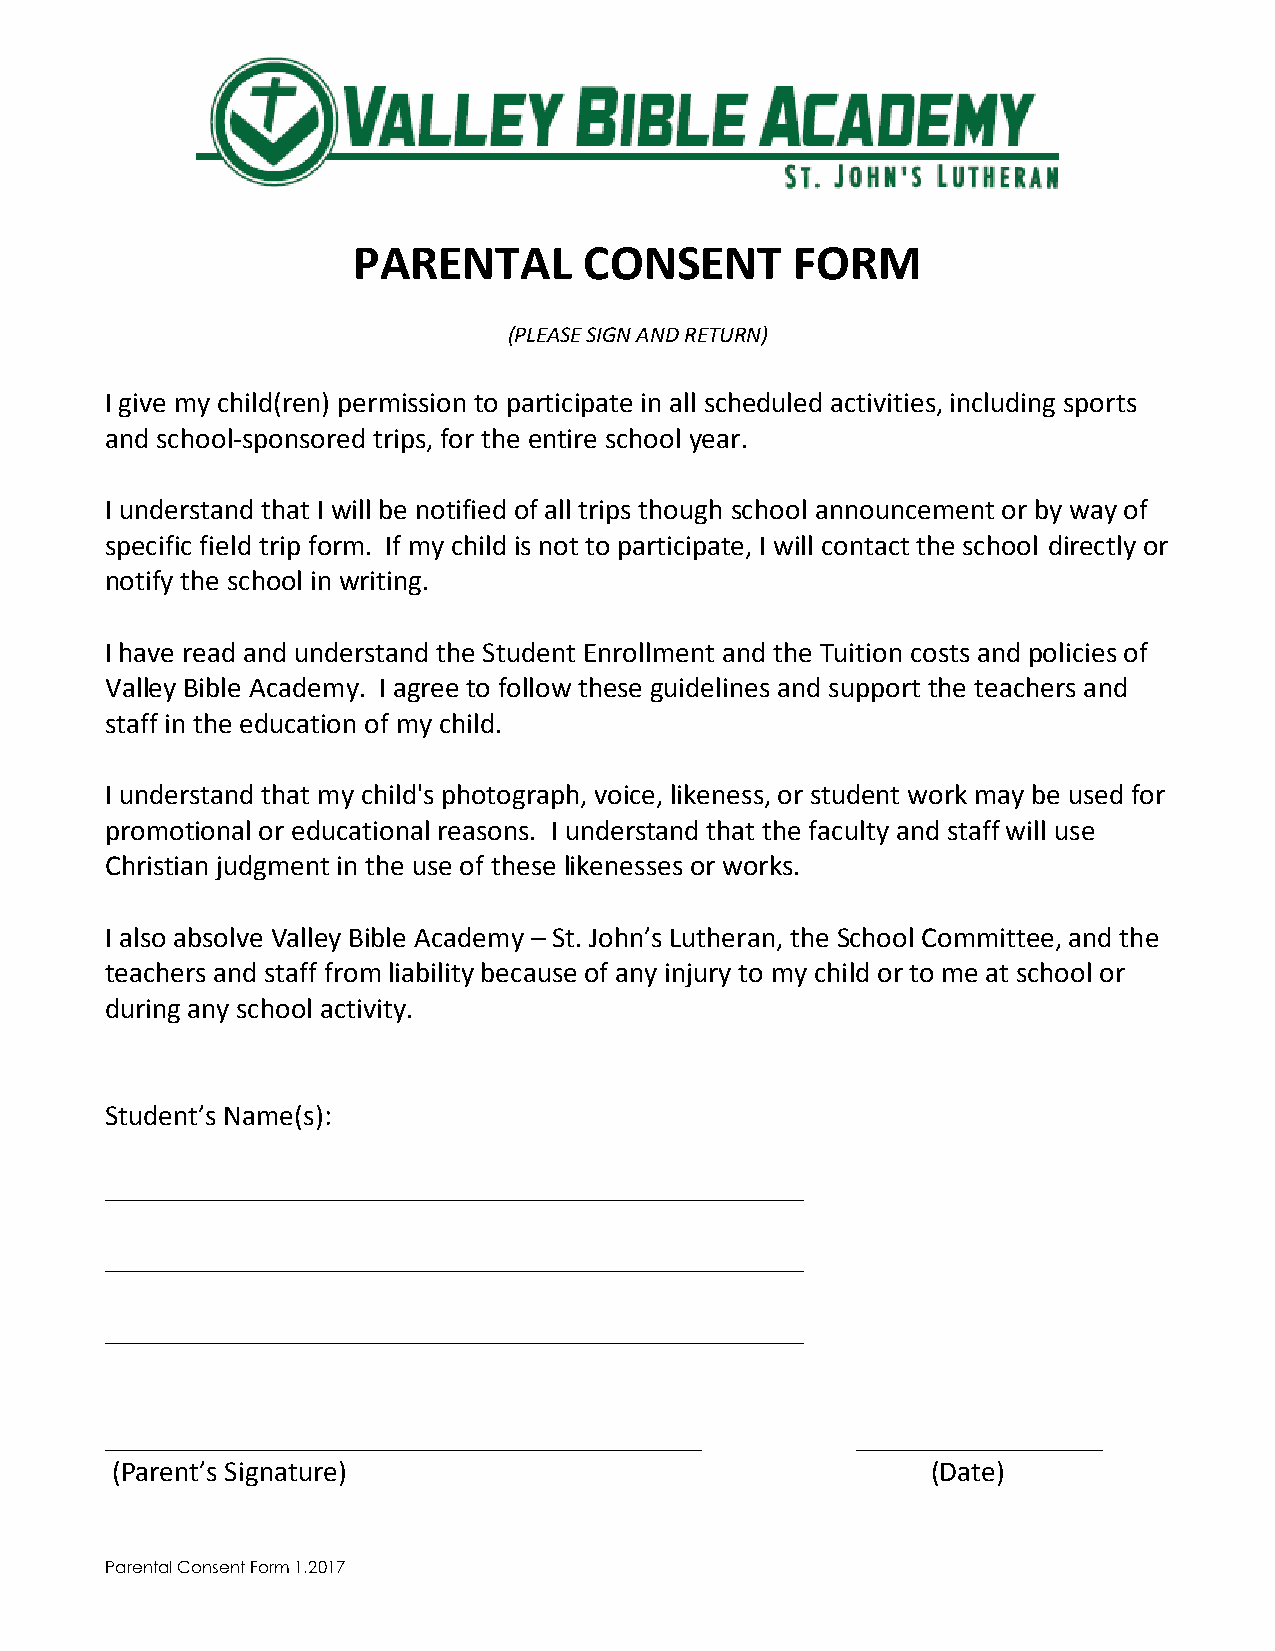
PARENTAL        CONSENT       FORM
 (PLEASE SIGN AND RETURN)
 I give my child(ren) permission to participate in all scheduled activities, including sports
 and school-sponsored trips, for the entire school year.
 I understand that I will be notified of all trips though school announcement or by way of
 specific field trip form. If my child is not to participate, I will contact the school directly or
 notify the school in writing.
 I have read and understand the Student Enrollment and the Tuition costs and policies of
 Valley Bible Academy. I agree to follow these guidelines and support the teachers and
 staff in the education of my child.
 I understand that my child's photograph, voice, likeness, or student work may be used for
 promotional or educational reasons. I understand that the faculty and staff will use
 Christian judgment in the use of these likenesses or works.
 I also absolve Valley Bible Academy – St. John’s Lutheran, the School Committee, and the
 teachers and staff from liability because of any injury to my child or to me at school or
 during any school activity.
 Student’s Name(s):
 ________________________________________________
 ________________________________________________
 ________________________________________________
 _________________________________________         _________________
 (Parent’s Signature)                                   (Date)
 Parental Consent Form 1.2017